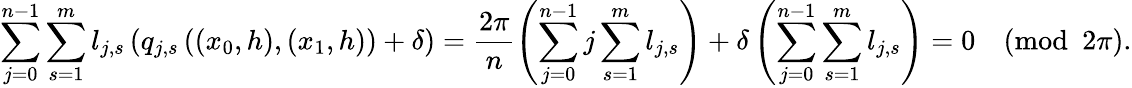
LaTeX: \sum_{j=0}^{n-1}\sum_{s=1}^{m}l_{j,s}\left(q_{j,s}\left((x_{0},h),(x_{1},h)\right)+\delta\right)=\frac{2\pi}{n}\left(\sum_{j=0}^{n-1}j\sum_{s=1}^{m}l_{j,s}\right)+\delta\left(\sum_{j=0}^{n-1}\sum_{s=1}^{m}l_{j,s}\right)=0\pmod{2\pi}.